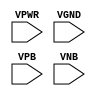
module sky130_fd_sc_ls__tapvgndnovpb (
    VPWR,
    VGND,
    VPB ,
    VNB
);

    input VPWR;
    input VGND;
    input VPB ;
    input VNB ;
endmodule